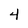
Character: 4